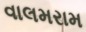
વાલમરામ